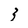
Character: 3